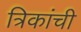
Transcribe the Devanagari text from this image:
त्रिकांची